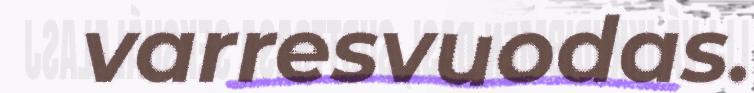
varresvuodas.